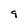
Character: 9